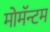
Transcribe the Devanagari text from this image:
मोमॅन्टम